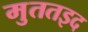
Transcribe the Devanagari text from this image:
मुततइद